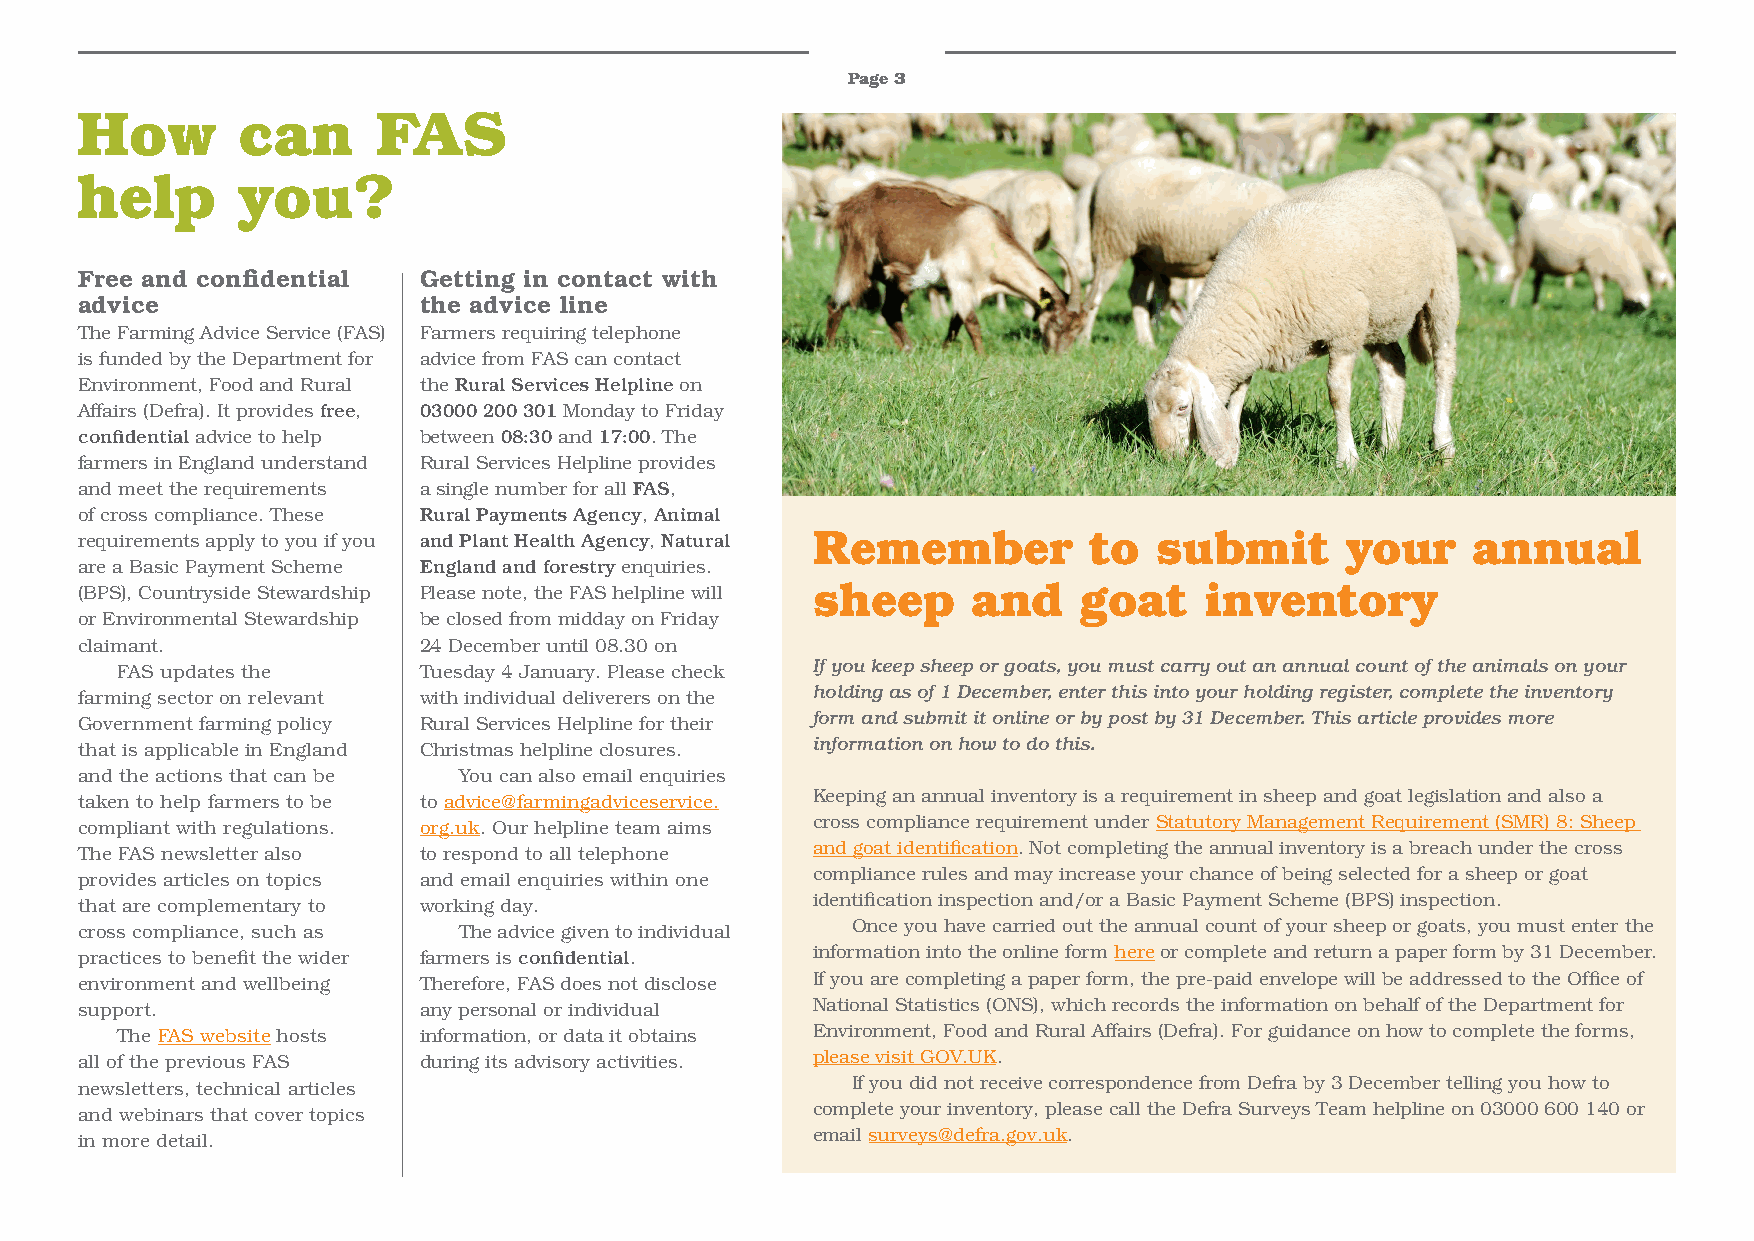
Page 3
 How        can      FAS
 help       you?
 Free and confidential  Getting in contact with
 advice                 the advice line
 The Farming Advice Service (FAS) Farmers requiring telephone
 is funded by the Department for advice from FAS can contact
 Environment, Food and Rural the Rural Services Helpline on
 Affairs (Defra). It provides free, 03000 200 301 Monday to Friday
 confidential advice to help between 08:30 and 17:00. The
 farmers in England understand Rural Services Helpline provides
 and meet the requirements a single number for all FAS,
 of cross compliance. These Rural Payments Agency, Animal
 requirements apply to you if you and Plant Health Agency, Natural Remember to submit your   annual
 are a Basic Payment Scheme England and forestry enquiries.
 (BPS), Countryside Stewardship Please note, the FAS helpline will sheep and goat inventory
 or Environmental Stewardship be closed from midday on Friday
 claimant.              24 December until 08.30 on
 FAS updates the     Tuesday 4 January. Please check If you keep sheep or goats, you must carry out an annual count of the animals on your
 farming sector on relevant with individual deliverers on the holding as of 1 December, enter this into your holding register, complete the inventory
 Government farming policy Rural Services Helpline for their form and submit it online or by post by 31 December. This article provides more
 that is applicable in England Christmas helpline closures. information on how to do this.
 and the actions that can be You can also email enquiries
 taken to help farmers to be to advice@farmingadviceservice. Keeping an annual inventory is a requirement in sheep and goat legislation and also a
 compliant with regulations. org.uk. Our helpline team aims cross compliance requirement under Statutory Management Requirement (SMR) 8: Sheep
 The FAS newsletter also to respond to all telephone and goat identification. Not completing the annual inventory is a breach under the cross
 provides articles on topics and email enquiries within one compliance rules and may increase your chance of being selected for a sheep or goat
 that are complementary to working day.           identification inspection and/or a Basic Payment Scheme (BPS) inspection.
 cross compliance, such as The advice given to individual Once you have carried out the annual count of your sheep or goats, you must enter the
 practices to benefit the wider farmers is confidential. information into the online form here or complete and return a paper form by 31 December.
 environment and wellbeing Therefore, FAS does not disclose If you are completing a paper form, the pre-paid envelope will be addressed to the Office of
 support.               any personal or individual National Statistics (ONS), which records the information on behalf of the Department for
 The FAS website hosts information, or data it obtains Environment, Food and Rural Affairs (Defra). For guidance on how to complete the forms,
 all of the previous FAS during its advisory activities. please visit GOV.UK.
 newsletters, technical articles                    If you did not receive correspondence from Defra by 3 December telling you how to
 and webinars that cover topics                   complete your inventory, please call the Defra Surveys Team helpline on 03000 600 140 or
 in more detail.                                  email surveys@defra.gov.uk.